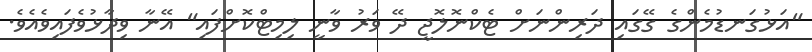
"އަޅުގަނޑުމެންގެ ގޭގައި ދަރިންނަށް ޓެކްނޮލޮޖީ ދޭ ވަރު ވާނީ ލިމިޓްކޮށްފައި" އޭނާ ވިދާޅުވެފައިވެއެވެ.